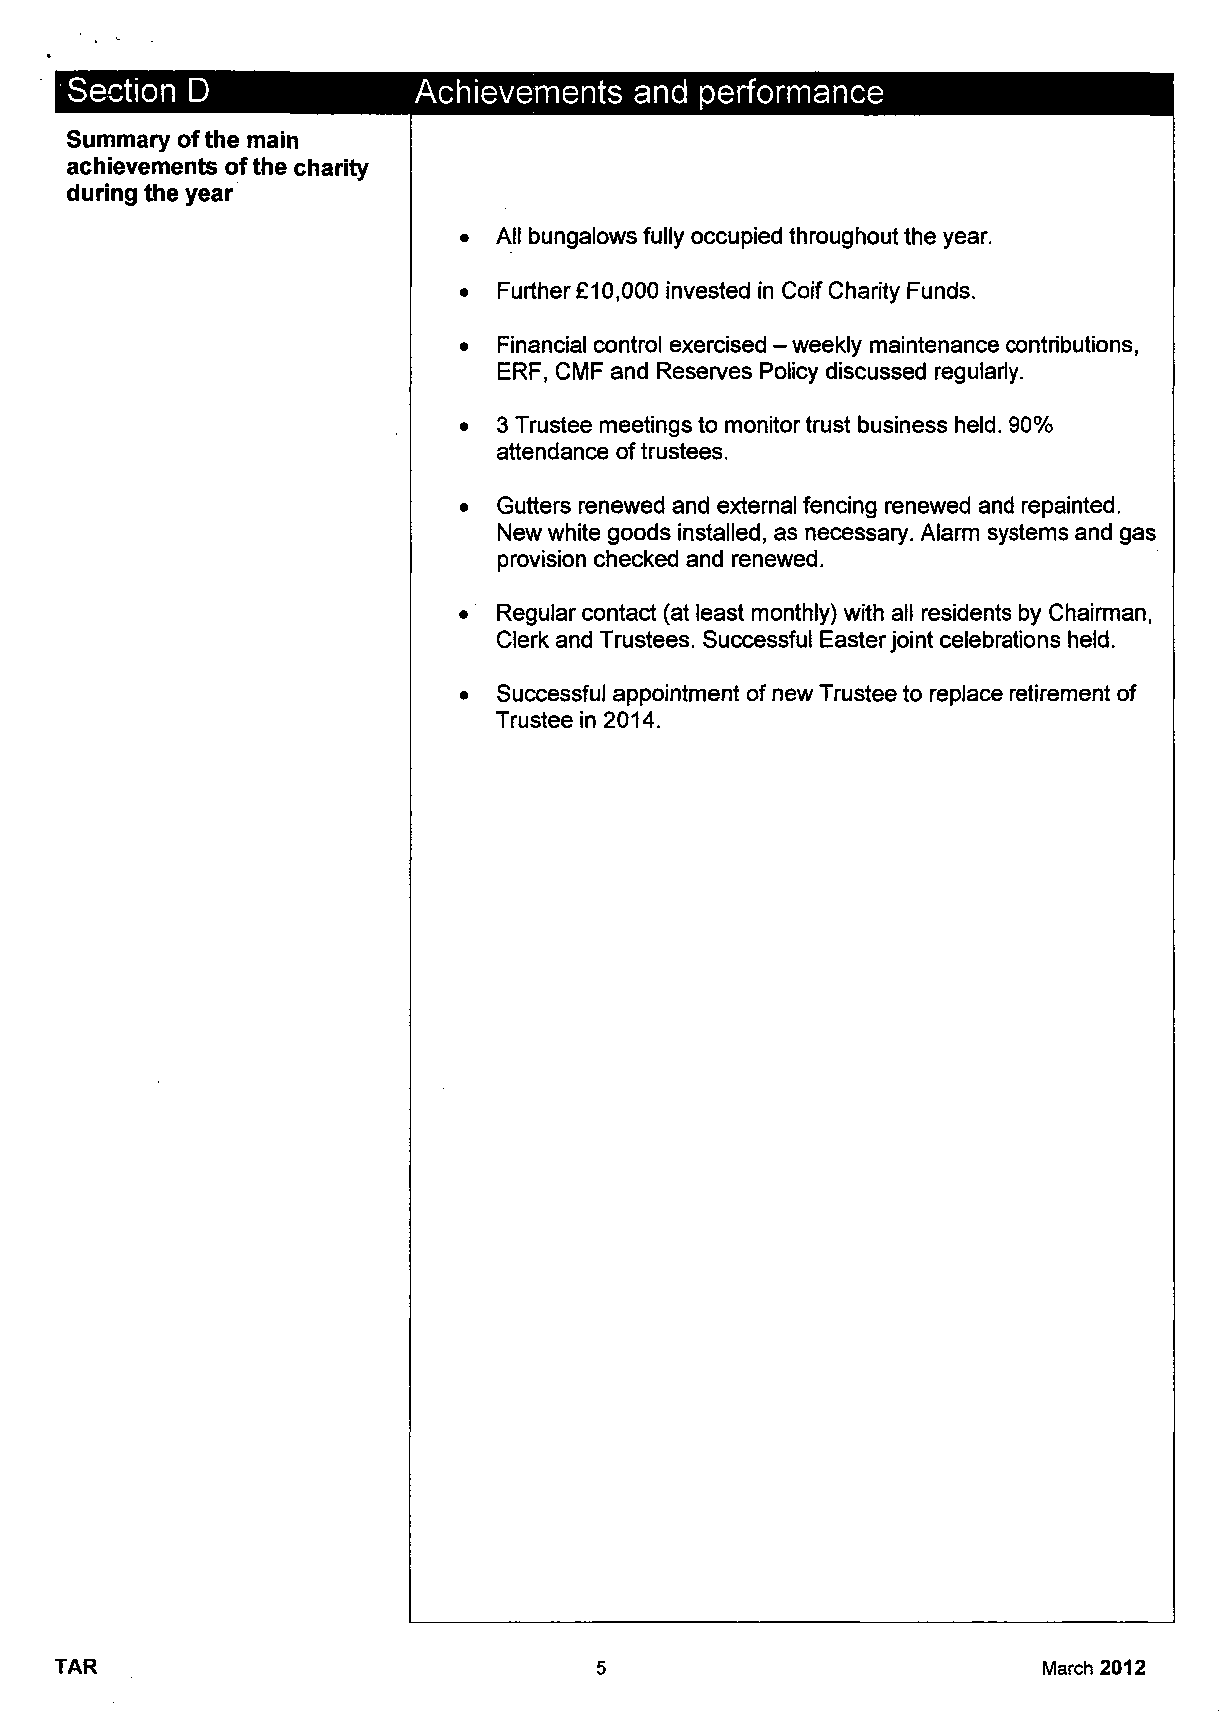
Section D              Achievements   and performance
 Summary ofthe main
 achievements ofthe charity
 during the year
 •  All bungalows fully occupied throughout the year.
 •  Further £10,000 invested in Coif Charity Funds.
 •  Financial control exercised - weekly maintenance contributions,
 ERF, CMF and Reserves Policy discussed regularly.
 •  3 Trustee meetings to monitor trust business held. 90%
 attendance of trustees.
 •  Gutters renewed and external fencing renewed and repainted.
 New white goods installed, as necessary. Alarm systems and gas
 provision checked and renewed.
 •  Regular contact (at least monthly) with all residents by Chairman,
 Clerk and Trustees. Successful Easter joint celebrations held.
 •  Successful appointment of new Trustee to replace retirement of
 Trustee in 2014.
 TAR                                5                             March 2012